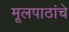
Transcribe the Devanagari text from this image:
मूलपाठांचे